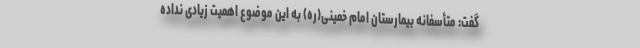
گفت: متأسفانه بیمارستان امام خمینی(ره) به این موضوع اهمیت زیادی نداده